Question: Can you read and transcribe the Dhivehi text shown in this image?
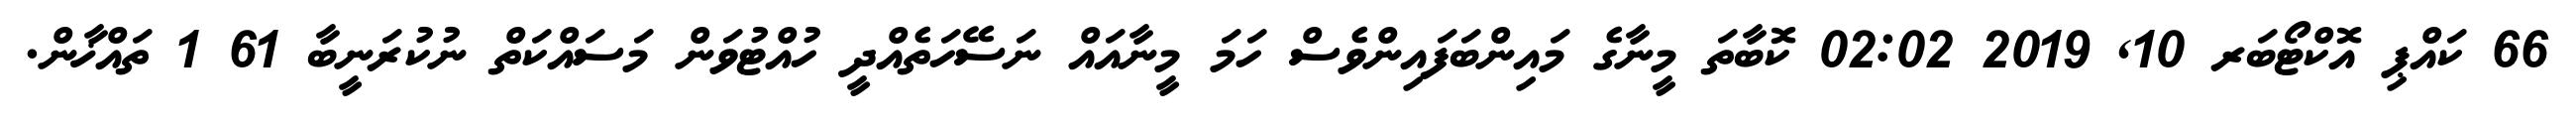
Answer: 66 ކައްޕި އޮކްޓޯބަރ 10, 2019 02:02 ކޮބާތަ މީނާގެ މައިންބަފައިންވެސް ހަމަ މީނާއައް ނަސޭހަތެއްދީ ހުއްޓުވަން މަސައްކަތް ނުކުރަނީބާ 61 1 ތައްޚާން.